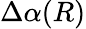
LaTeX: \Delta\alpha(R)